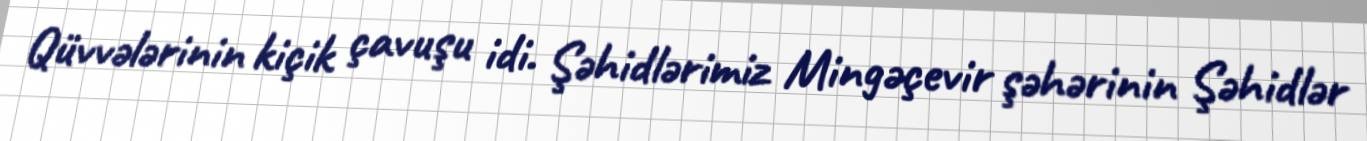
Qüvvələrinin kiçik çavuşu idi. Şəhidlərimiz Mingəçevir şəhərinin Şəhidlər